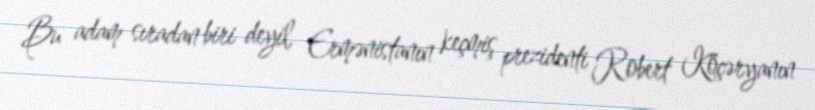
Bu adam sıradan biri deyil, Ermənistanın keçmiş prezidenti Robert Köçəryanın